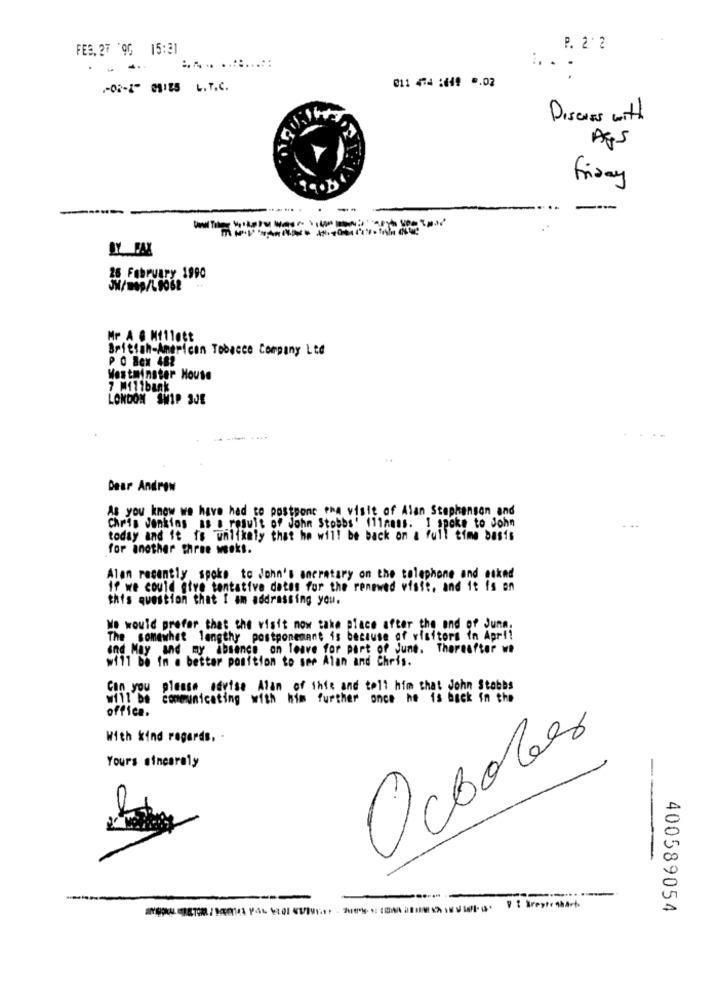
FEB. 27 '9G 15:31
P. 2. 2
. ..
011 474 :449 0.02
-08-1 81E L.T.C.
Discuss with
Ags
friday
26 February 1990
Mr A & Millett
British-American Tobacco Company Ltd
P O Box 482
Westminster House
7 MI11bank
LONDON SHIP 3JE
Dear Andrew
As you know we have had to postpone ena visit of Alan Stephenson and
Chris Jenkins as a result of John Stobbs' 111mmms. I spoke to John
today and it is unlikely that he will be back on a full time basis
for another three weeks.
Alan recently spoke to John's ancratary on the telephone and etknd
if we could give tentative dates for the renewed viste, and it Is on
this question that I am addressing you.
We would prefer that the visit now take place after the and of Junn.
The somewhat lengthy postponement is because of visitors in April
and May and my absence on leave for part of June. Thereafter we
will be in a better position to see Alan and Chris.
Can you please advise Alan of the and tell him that John Stobbs
will be communicating with him further once he is back in the
office.
With kind regards, .
October
Yours sincerely
-
-
V [ Breyto abart
400589054